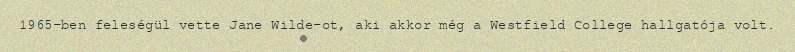
1965-ben feleségül vette Jane Wilde-ot, aki akkor még a Westfield College hallgatója volt.